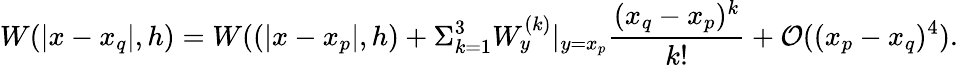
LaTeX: W(|x-x_{q}|,h)=W((|x-x_{p}|,h)+\Sigma_{k=1}^{3}{W_{y}^{(k)}|_{y=x_{p}}\frac{(x_{q}-x_{p})^{k}}{k!}}+{\cal O}((x_{p}-x_{q})^{4}).